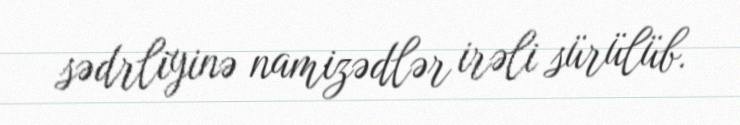
sədrliyinə namizədlər irəli sürülüb.